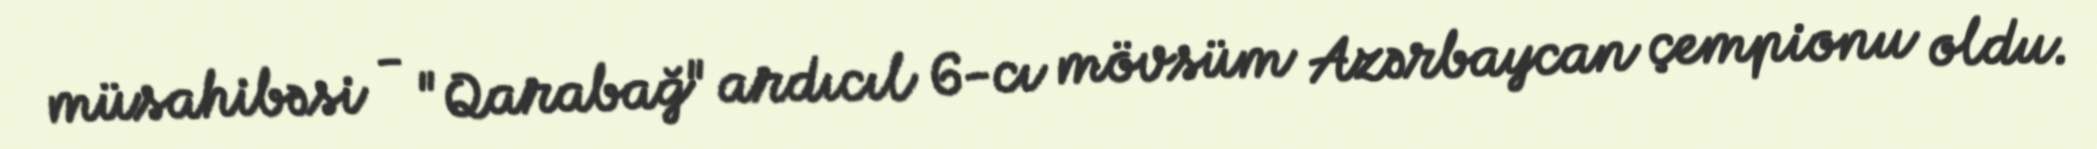
müsahibəsi - "Qarabağ" ardıcıl 6-cı mövsüm Azərbaycan çempionu oldu.